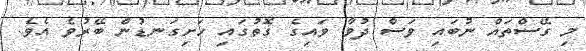
މި ގޭސްތައް ނުބައި ވަސް ދުވާ ވައިގެ ގޮތުގައި ހަށިގަނޑުން ބޭރުވެ އެވެ.